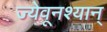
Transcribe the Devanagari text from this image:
ज्येवूनश्यान्